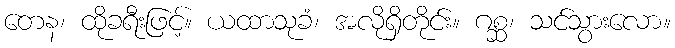
တေန၊ ထိုခရီးဖြင့်။ ယထာသုခံ၊ အလိုရှိတိုင်း။ ဂစ္ဆ၊ သင်သွားလော။